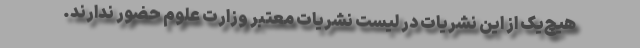
هیچ‌یک از این نشریات در لیست نشریات معتبر وزارت علوم حضور ندارند.